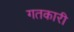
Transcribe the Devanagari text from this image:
गतकारी